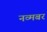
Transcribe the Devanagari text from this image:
नव्मबर